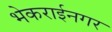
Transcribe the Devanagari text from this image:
भेकराईनगर